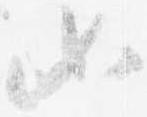
如